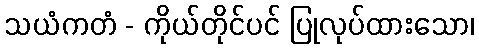
သယံကတံ - ကိုယ်တိုင်ပင် ပြုလုပ်ထားသော၊